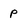
Character: P